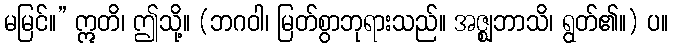
မမြင်။” ဣတိ၊ ဤသို့။ (ဘဂဝါ၊ မြတ်စွာဘုရားသည်။ အဇ္ဈဘာသိ၊ ရွတ်၏။) ပ။